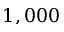
1 , 0 0 0